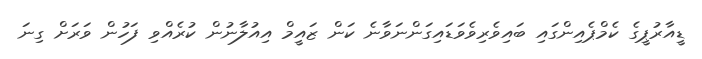
ޑީއާރުޕީގެ ކެމްޕެއިންގައި ބައިވެރިވެވަޑައިގަންނަވާނެ ކަން ޒައީމް އިއުލާނުން ކުރެއްވި ފަހުން ވަރަށް ގިނަ